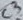
Text: C3